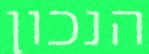
הנכון